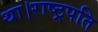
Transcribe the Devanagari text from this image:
था।राष्ट्रपति